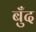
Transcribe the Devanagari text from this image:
बुँद